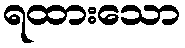
ရထားသော